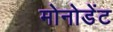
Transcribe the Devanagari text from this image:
मोनोडेंट